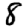
Digit: 8